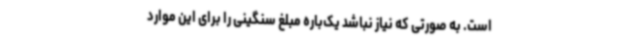
است. به‌ صورتی که نیاز نباشد یک‌باره مبلغ سنگینی را برای این موارد